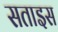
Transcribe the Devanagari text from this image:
सताइस